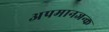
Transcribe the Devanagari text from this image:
अपमानजन्क